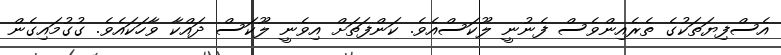
އެސްފިޔަތަކުގެ ތެރެއިންވެސް ފެނުނީ ލޫކަސްއެވެ. ކަންފަތަށް އިވެނީ ލޫކަސް ދައްކާ ވާހަކައެވެ. ގުގުމައިގެން